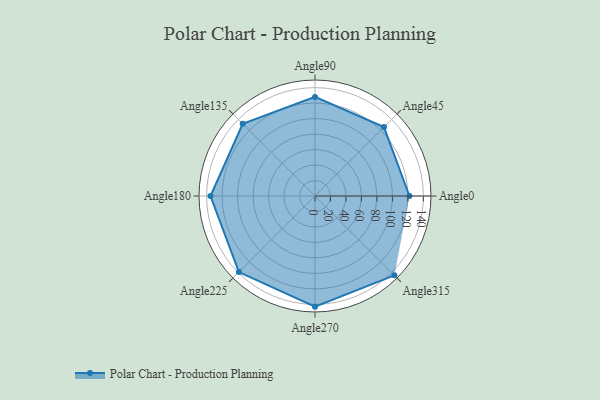
{"axis": {"x": "Angle", "y": "Radius"}, "legend": [""], "data": [{"x": "Angle0", "y": 122.0, "type": ""}, {"x": "Angle45", "y": 126.0, "type": ""}, {"x": "Angle90", "y": 128.0, "type": ""}, {"x": "Angle135", "y": 132.0, "type": ""}, {"x": "Angle180", "y": 135.0, "type": ""}, {"x": "Angle225", "y": 139.0, "type": ""}, {"x": "Angle270", "y": 143.0, "type": ""}, {"x": "Angle315", "y": 145.0, "type": ""}]}